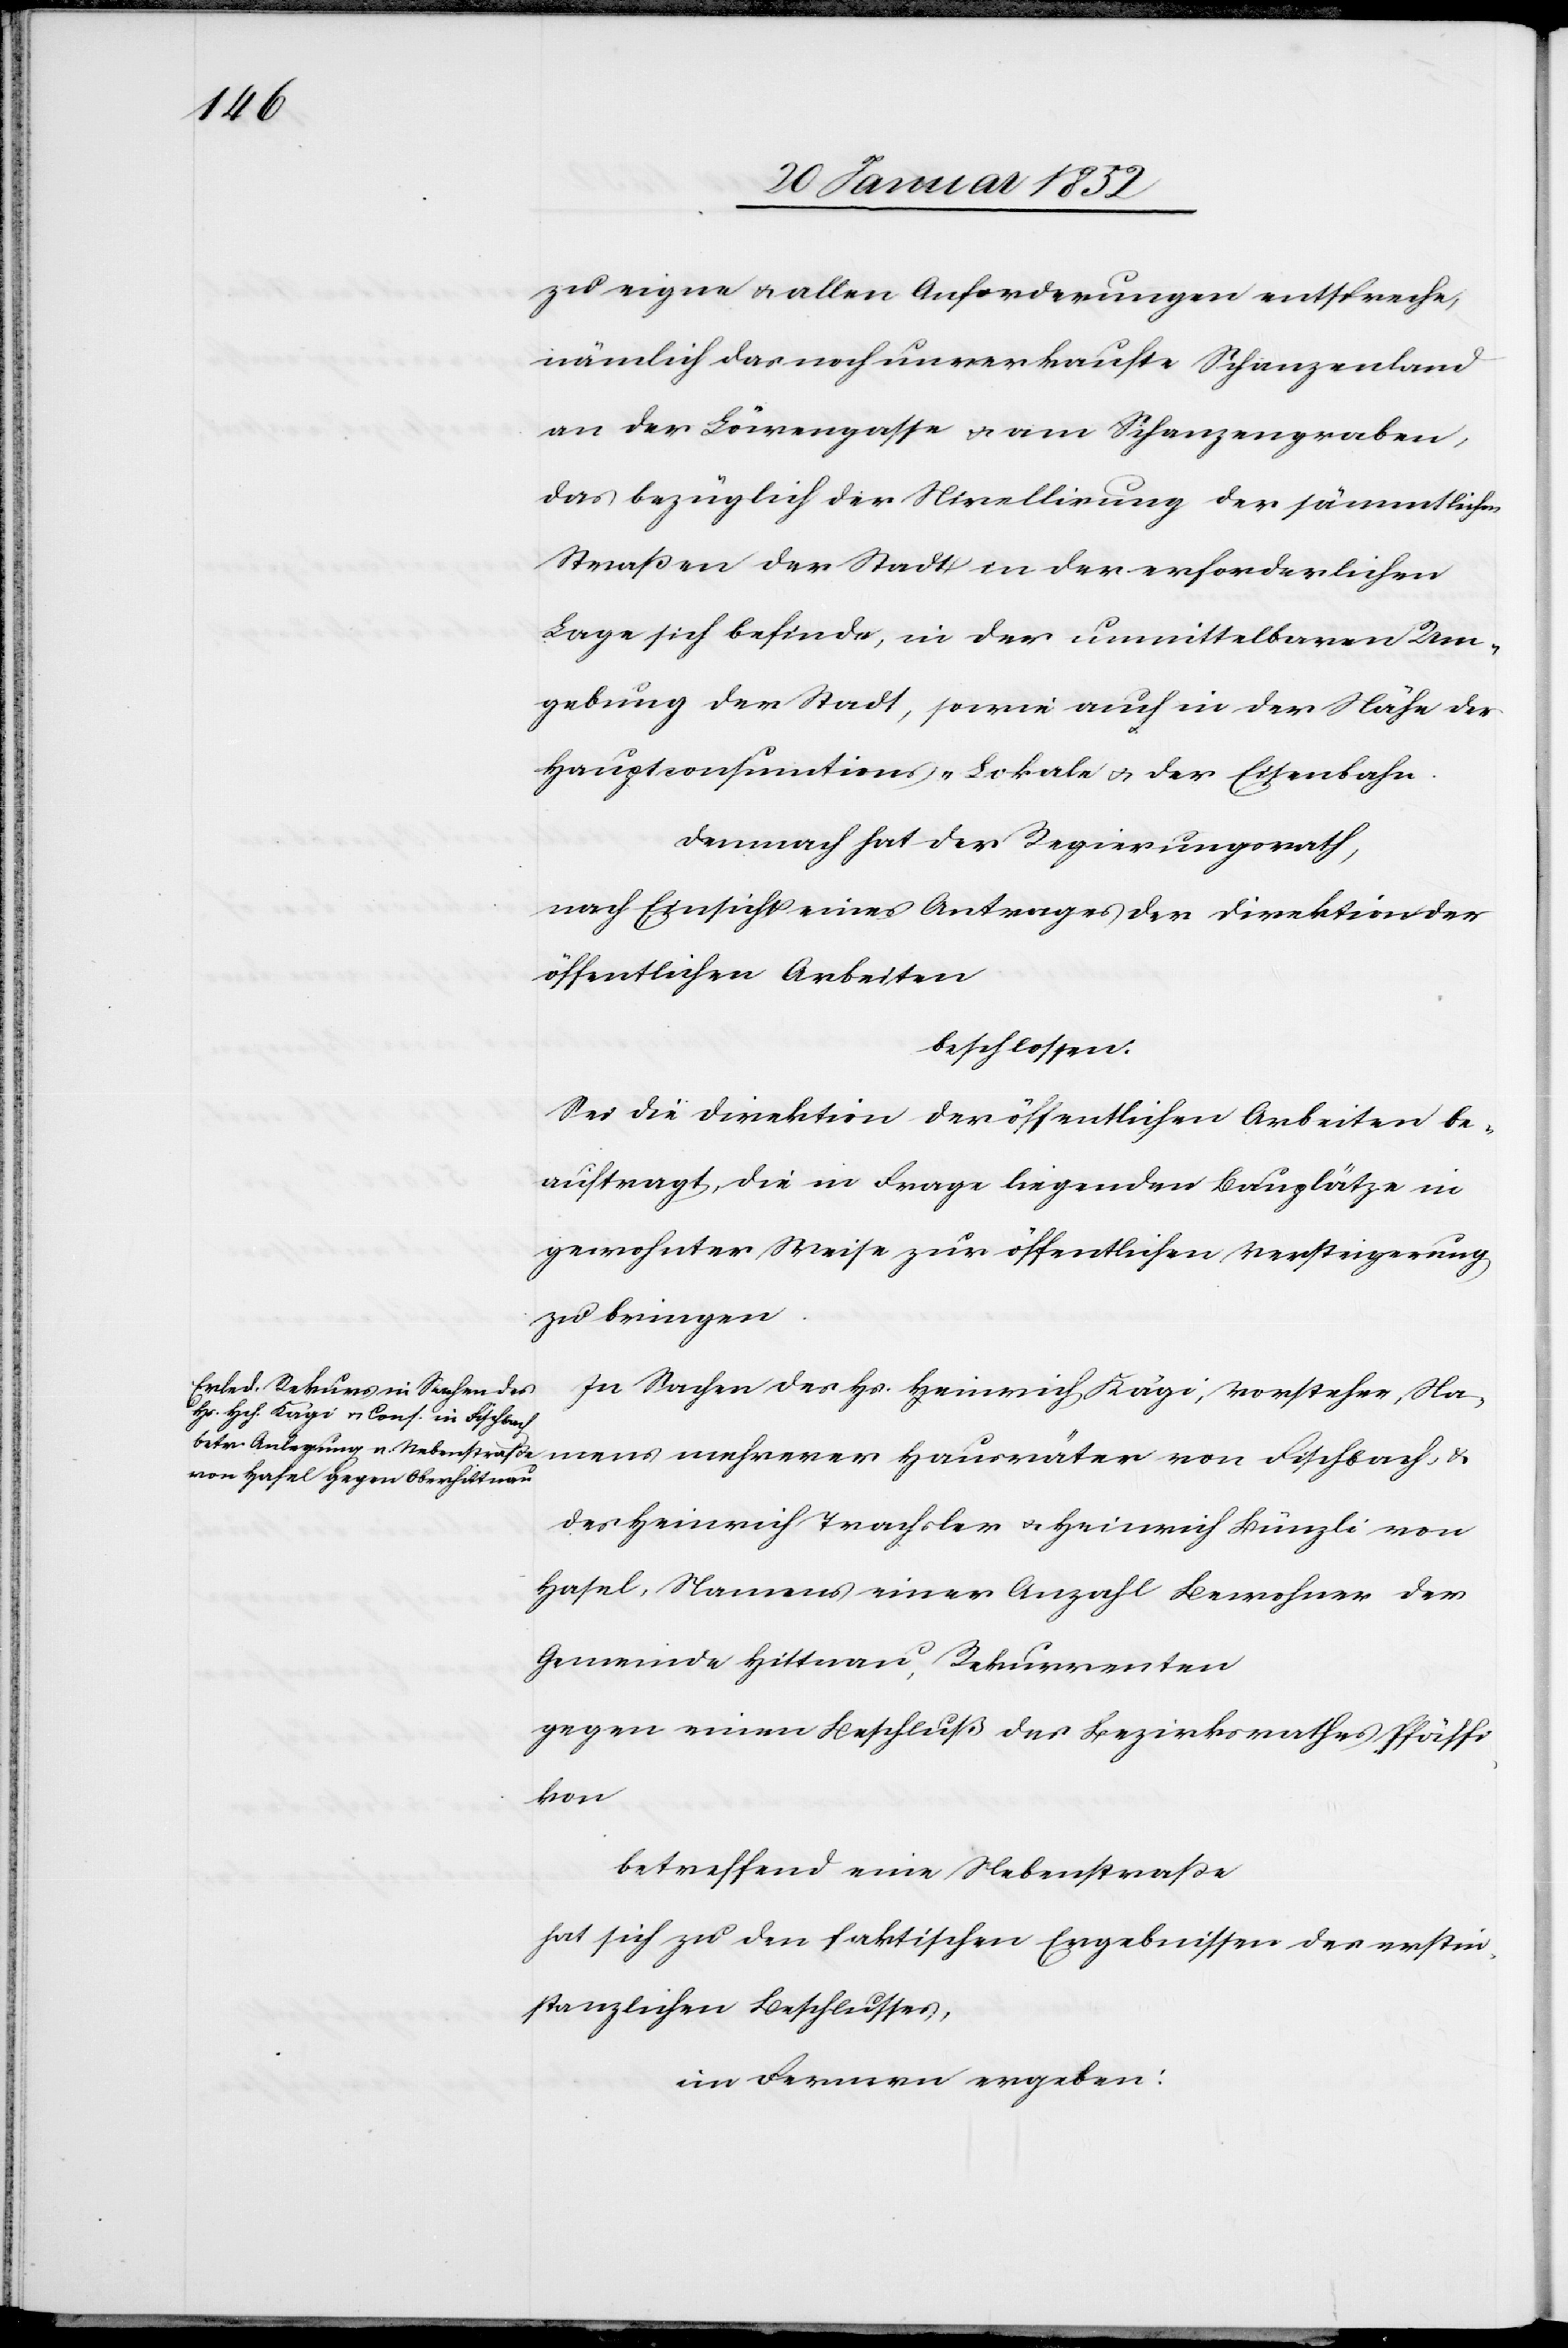
zu eigne u. allen Anforderungen entspreche,
nämlich das noch unverkaufte Schanzenland
an der Löwengasse u. am Schanzengraben,
das bezüglich der Nivellirung der sämmtlichen
Straßen der Stadt in der erforderlichen
Lage sich befinde, in der unmittelbaren Um¬
gebung der Stadt, sowie auch in der Nähe der
Hauptconsumations-Lokale u. der Eisenbahn.
Demnach hat der Regierungsrath,
nach Einsicht eines Antrages der Direktion der
öffentlichen Arbeiten
beschlossen.
Sei die Direktion der öffentlichen Arbeiten be¬
auftragt, die in Frage liegenden Bauplätze in
gewohnter Weise zur öffentlichen Versteigerung
zu bringen.
In Sachen des Hs. Heinrich Kägi, Vorsteher Na¬
mens mehrerer Hausväter von Fischbach, u.
des Heinrich Trachsler u. Heinrich Bünzli von
Hasel, Namens einer Anzahl Bewohner der
Gemeinde Hittnau, Rekurrenten
gegen einen Beschluß des Bezirksrathes Pfäffi¬
kon
betreffend eine Nebenstraße
hat sich zu den faktischen Ergebnissen des erstin¬
stanzlichen Beschlusses,
im Fernern ergeben: